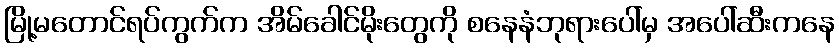
မြို့မတောင်ရပ်ကွက်က အိမ်ခေါင်မိုးတွေကို စနေနံဘုရားပေါ်မှ အပေါ်ဆီးကနေ